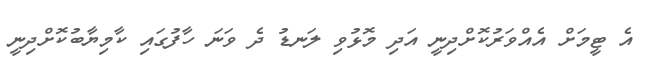
އެ ޓީމަށް އެއްވަރުކޮށްދިނީ އަދި މޮޅުވި ލަނޑު ދެ ވަނަ ހާފުގައި ކާމިޔާބުކޮށްދިނީ